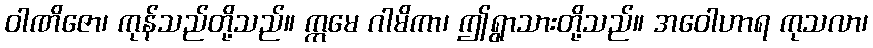
ဝါဏိဇော၊ ကုန်သည်တို့သည်။ ဣမေ ဂါမိကာ၊ ဤရွာသားတို့သည်။ အဝေါဟာရ ကုသလာ၊